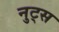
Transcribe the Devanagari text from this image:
नुट्स